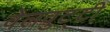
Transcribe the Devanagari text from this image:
वेलवुट्टी